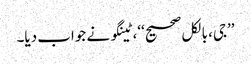
’’جی، بالکل صحیح‘‘، ٹینگو نے جواب دیا۔